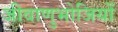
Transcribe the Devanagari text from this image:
जीवाणुभोजियों